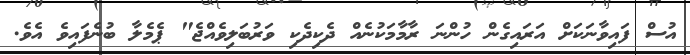
އުސް ފައިވާނަކަށް އަރައިގެން ހުންނަ ރާމާމަކުނެއް ދެކިދެކި ވަރުބަލިވެއްޖެ" ޕެމެލާ ބުނެފައިވެ އެވެ.